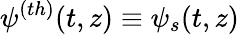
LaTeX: \psi^{(th)}(t,z)\equiv\psi_{s}(t,z)